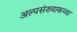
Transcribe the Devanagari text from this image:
अल्पसंख्याकच्या